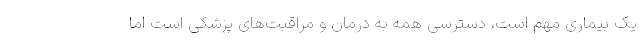
یک بیماری مهم است، دسترسی همه به درمان و مراقبت‌های پزشکی است اما